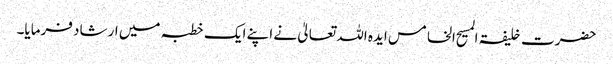
حضرت خلیفۃ المسیح الخامس ایدہ اللہ تعالیٰ نے اپنے ایک خطبہ میں ارشاد فرمایا۔